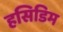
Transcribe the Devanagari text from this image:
हसिडिम